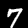
Label: 7